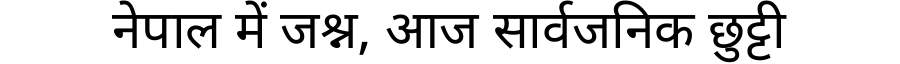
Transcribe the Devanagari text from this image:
नेपाल में जश्न, आज सार्वजनिक छुट्टी